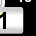
Digit: 1